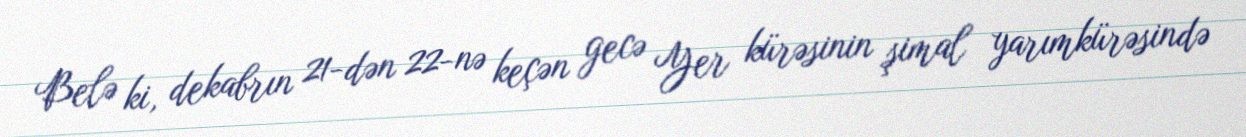
Belə ki, dekabrın 21-dən 22-nə keçən gecə Yer kürəsinin şimal yarımkürəsində